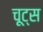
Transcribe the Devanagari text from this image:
चूट्स